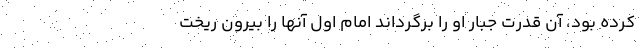
کرده بود، آن قدرت جبار او را برگرداند امام اول آنها را بیرون ریخت